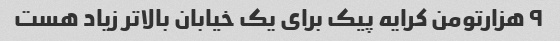
۹ هزارتومن کرایه پیک برای یک خیابان بالاتر زیاد هست